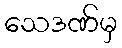
သေဒဏ်မှ